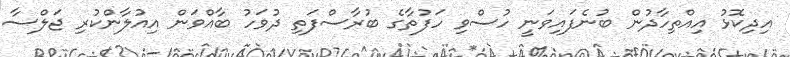
އިދިކޮޅު އިއްތިހާދުން ބުނެފައިވަނީ ހުސްވި ހަފުތާގެ ބުރާސްފަތި ދުވަހު ބާއްވަން އިއުލާންކުރި ޖަލްސާ